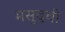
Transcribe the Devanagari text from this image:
मसूदची